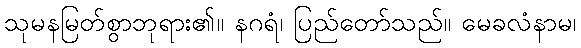
သုမနမြတ်စွာဘုရား၏။ နဂရံ၊ ပြည်တော်သည်။ မေခလံနာမ၊